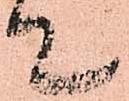
て